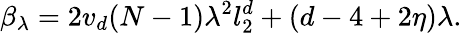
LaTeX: \beta_{\lambda}=2v_{d}(N-1)\lambda^{2}l_{2}^{d}+(d-4+2\eta)\lambda.